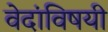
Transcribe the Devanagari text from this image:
वेदांविषयी